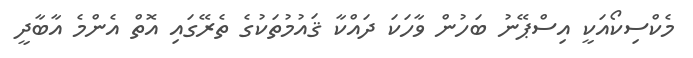
މެކްސިކޯއަކީ އިސްޕޭނު ބަހުން ވާހަކަ ދައްކާ ޤައުމުތަކުގެ ތެރޭގައި އޮތް އެންމެ އާބާދީ